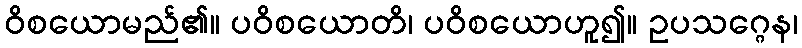
ဝိစယောမည်၏။ ပဝိစယောတိ၊ ပဝိစယောဟူ၍။ ဥပသဂ္ဂေန၊